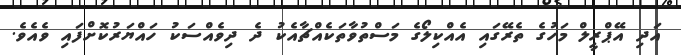
އަދި އޭޕްރީލް މަހުގެ ތެރޭގައި އެއްކިލޯގެ މަސްތުވާތަކެއްޗާއެކު ދެ ދިވެއްސަކު ހައްޔަރުކޮށްފައި ވެއެވެ.